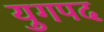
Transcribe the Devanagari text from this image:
युगपद